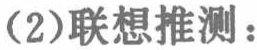
(2)联想推测：